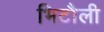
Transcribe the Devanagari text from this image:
भिटौली